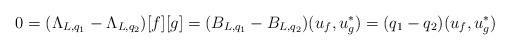
LaTeX: \begin{align*} 0=(\Lambda_{L,q_1}-\Lambda_{L,q_2})[f][g] = (B_{L,q_1}-B_{L,q_2})(u_f,u_g^*) = (q_1-q_2)(u_f,u_g^*)\end{align*}